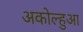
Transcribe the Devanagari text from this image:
अकोल्हुआ